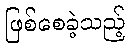
ဖြစ်စေခဲ့သည့်